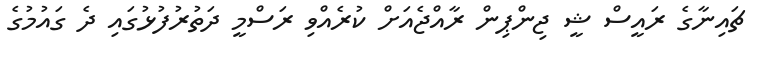
ޗައިނާގެ ރައީސް ޝީ ޖިންޕިން ރާއްޖެއަށް ކުރެއްވި ރަސްމީ ދަތުރުފުޅުގައި ދެ ގައުމުގެ